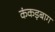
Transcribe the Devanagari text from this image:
कंकड़बाग